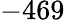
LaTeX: -469